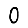
Digit: 0